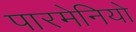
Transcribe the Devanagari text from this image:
पारमेनियो